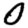
Digit: 0